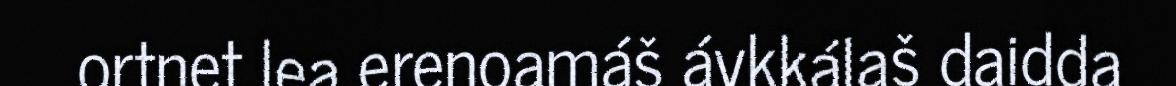
ortnet lea erenoamáš ávkkálaš daidda